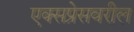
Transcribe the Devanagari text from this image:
एक्सप्रेसवरील